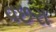
વછરા